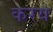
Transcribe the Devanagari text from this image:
करय